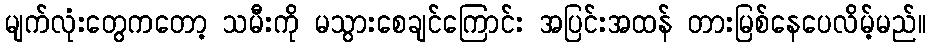
မျက်လုံးတွေကတော့ သမီးကို မသွားစေချင်ကြောင်း အပြင်းအထန် တားမြစ်နေပေလိမ့်မည်။